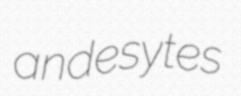
andesytes